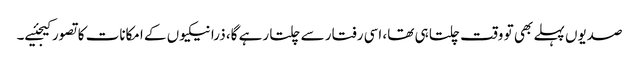
صدیوں پہلے بھی تو وقت چلتا ہی تھا، اسی رفتار سے چلتا رہے گا، ذرا نیکیوں کے امکانات کا تصور کیجئیے۔